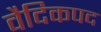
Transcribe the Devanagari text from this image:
वैदिकपद